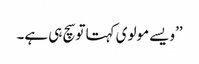
’’ویسے مولوی کہتا توسچ ہی ہے۔